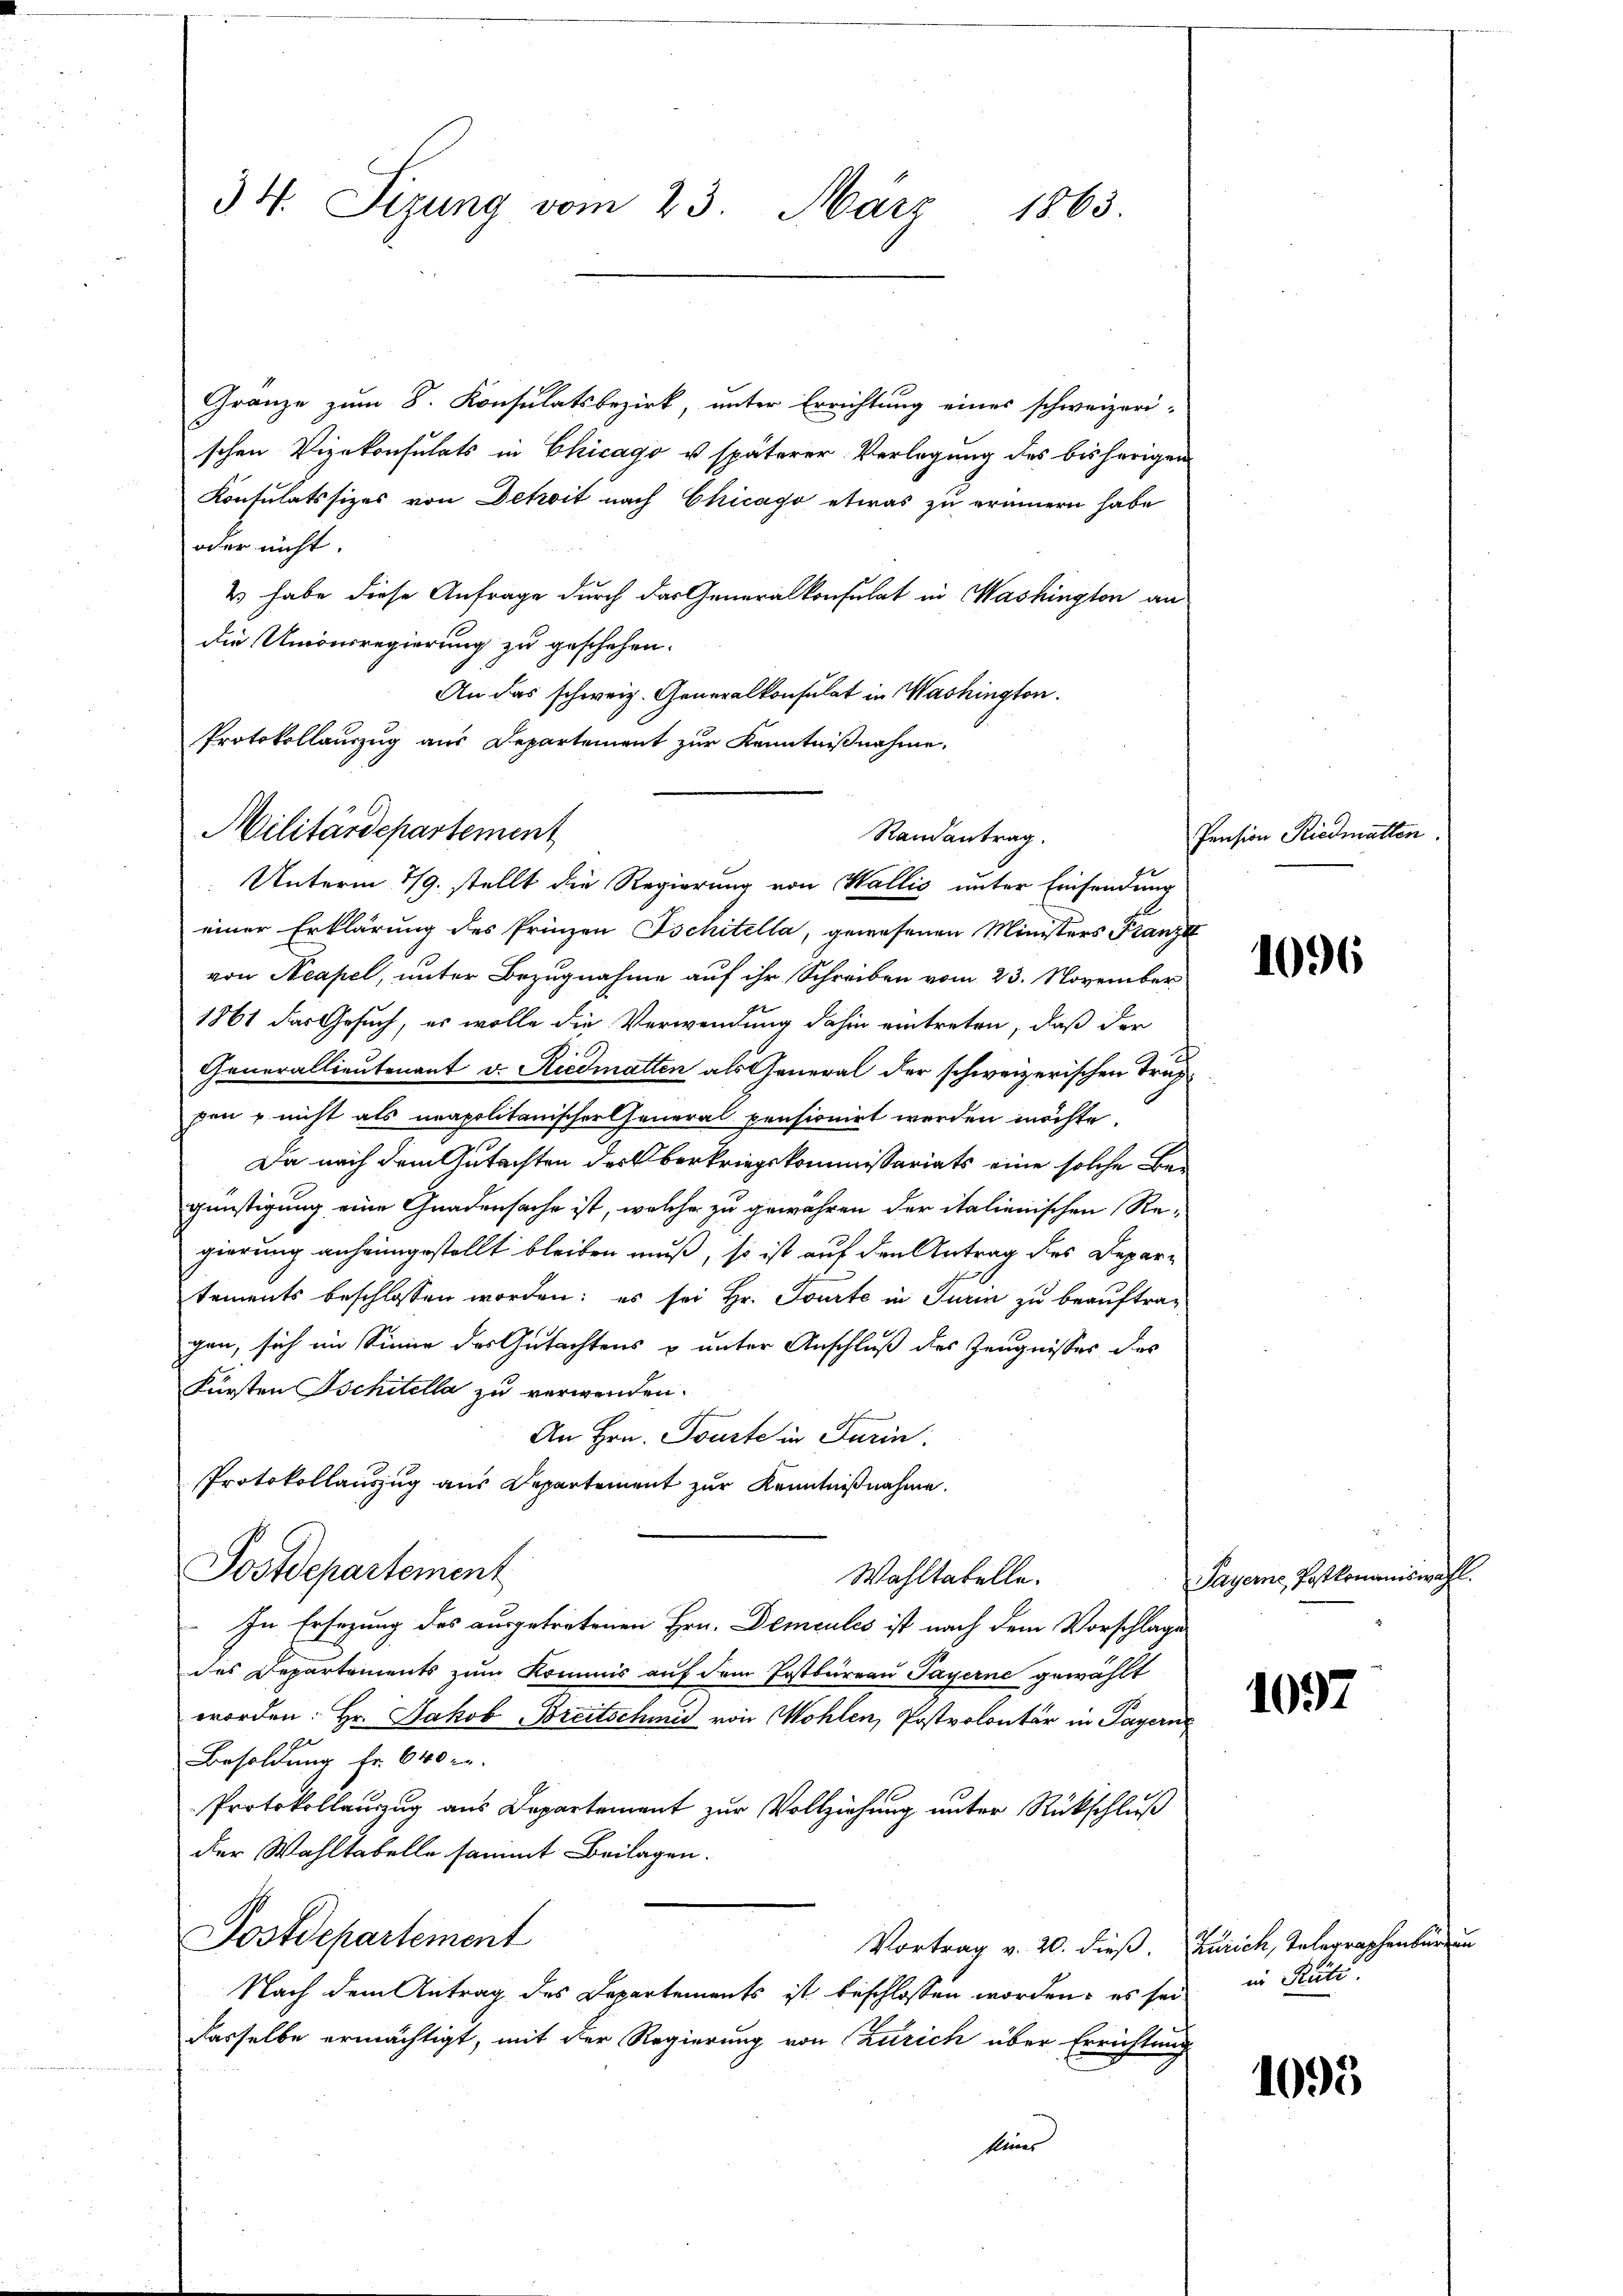
34. Sizung vom 23. März 1863

Gränze zum 8. Konsulatsbezirk, unter Errichtung eines schweizeri-
schen Vizekonsulats in Chicago u. späterer Verlegung des bisherigen
Konsulatssizes von Detwit nach Chicago etwas zu erinnern habe
oder nicht
2 habe diese Anfrage durch das Generalkonsulat in Washington an
die Unionsregierung zu geschehen.
An das schweiz. Generalkonsulat in Washington.
Protokollauszug aus Departement zur Kenntnißnahme
Militärdepartement

Randantrag.
Unterm 179. stellt die Regierung von Wallis unter Einsendung

einer Erklärung des Prinzen Ischitella, gewesenen Ministers Franze
von Neapel, unter Bezugnahme auf ihr Schreiben vom 23. November
1861 das Gesuch, es wolle die Verwendung dahin eintreten, daß der
Generallieutenant v. Riedmatten als General der schweizerischen Truppen u nicht als neapolitanischer General pensionirt werden möchte.
Da nach dem Gutachten der Oberkriegskommissariats eine solche Begünstigung eine Gnadensache ist, welche zu gewähren der italienischen Re-
gierung anheimgestellt bleiben muß, so ist auf den Antrag des Departaments beschlossen worden; es sei Hr. Tourte in Turin zu beauftrag
gen, sich im Sinne des Gutachtens u unter Anschluß des Zeugnisses das
Fürsten Tschitella zu verwenden.
An Hrn. Tourte in Farin
Protokollauszug aus Departement zur Kenntnißnahme.
Postdepartement
Wahltatelle.
In Ersezung des ausgetretenen Hrn. Demcules ist nach dem Vorschlage
des Departements zum Kommis auf dem Postbureau Payerne gewählt
worden: Hr. Jakob Breitschmid von Wohlen, Postvolontär in Payern
Besoldung Fr. 640 r
Protokollauzug aus Departement zur Vollziehung unter Rückschluß
der Wahltabelle sammt Beilagen.
Postdepartement
Vortrag v. 20. dieß. Zürich, Telegraphenburg un
Nach dem Antrag des Departements ist beschlossen worden; es sei
dasselbe ermächtigt, mit der Regierung von Zürich über Errichtung
keiner

Pension Riedmatten.

1096

Payerne Postkomaniswahl

1097

in Rüti

1095